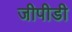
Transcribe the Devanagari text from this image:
जीपीडी